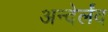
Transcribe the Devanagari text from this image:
अन्देर्लंद